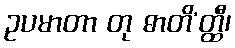
ဥပမာတာ တု ဓာတိ’တ္ထီ၊